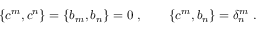
\{ c ^ { m } , c ^ { n } \} = \{ b _ { m } , b _ { n } \} = 0 ~ , ~ ~ ~ ~ ~ ~ \{ c ^ { m } , b _ { n } \} = \delta _ { n } ^ { m } ~ .